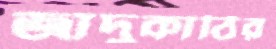
জাদুকাঠির